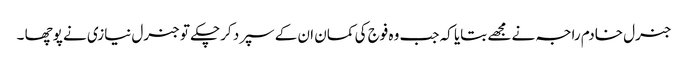
جنرل خادم راجہ نے مجھے بتایا کہ جب وہ فوج کی کمان ان کے سپرد کرچکے تو جنرل نیازی نے پوچھا ۔